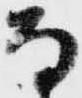
な